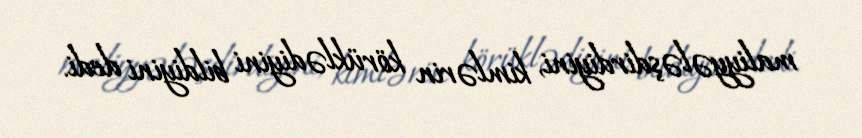
maliyyələşdirdiyini, kimlərin körüklədiyini bildiyini dedi.